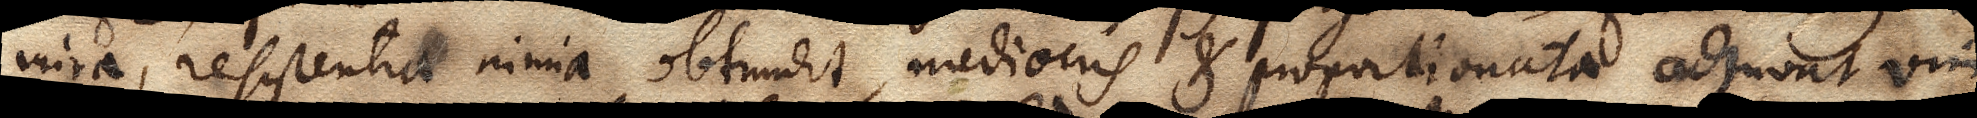
mira, resistentia nimia obtrudit, mediocris et proportionata adjuvat vim